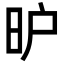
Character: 昈